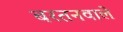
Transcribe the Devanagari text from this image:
बरतनवाले